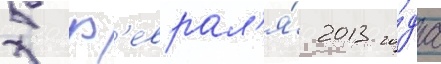
5 ф'еврал'я́ 2013 го́да